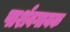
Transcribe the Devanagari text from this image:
पार्शवगायक